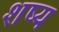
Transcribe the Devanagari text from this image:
शष्य